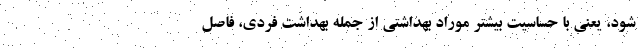
شود، یعنی با حساسیت بیشتر موراد بهداشتی از جمله بهداشت فردی، فاصل